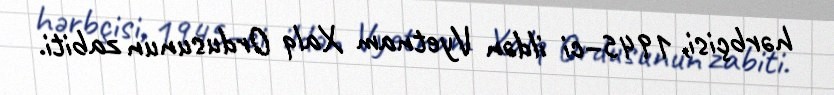
hərbçisi, 1945–ci ildən Vyetnam Xalq Ordusunun zabiti.